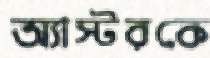
অ্যাস্টরকে